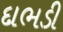
દાભડી